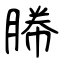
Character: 幐